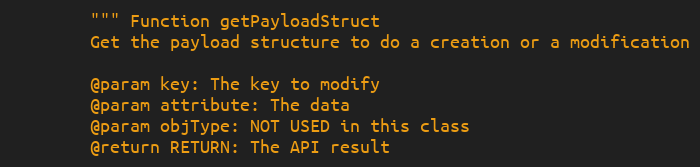
Language: Python
        """ Function getPayloadStruct
        Get the payload structure to do a creation or a modification

        @param key: The key to modify
        @param attribute: The data
        @param objType: NOT USED in this class
        @return RETURN: The API result